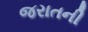
જરાતની